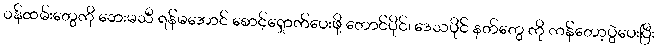
ဝန်ထမ်းတွေကို ဘေးမသီ ရန်မအောင် စောင့်ရှောက်ပေးဖို့ တောင်ပိုင်၊ ဒေသပိုင် နတ်တွေ ကို ကန်တော့ပွဲပေးပြီး